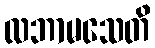
လဘာမသေတိ